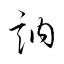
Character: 訥